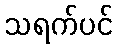
သရက်ပင်